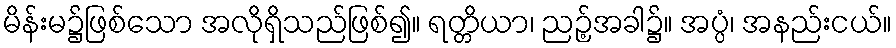
မိန်းမ၌ဖြစ်သော အလိုရှိသည်ဖြစ်၍။ ရတ္တိယာ၊ ညဉ့်အခါ၌။ အပ္ပံ၊ အနည်းငယ်။